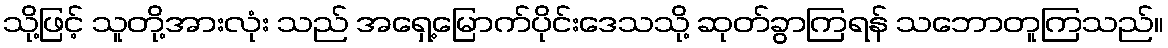
သို့ဖြင့် သူတို့အားလုံး သည် အရှေ့မြောက်ပိုင်းဒေသသို့ ဆုတ်ခွာကြရန် သဘောတူကြသည်။